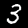
Digit: 3